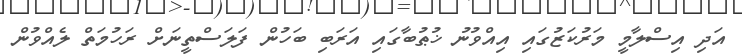
އަދި އިސްލާމީ މަރުކަޒުގައި އިއްވުނު ޚުޠުބާގައި އަރަބި ބަހުން ފަލަސްތީނަށް ރަހުމަތް ލެއްވުން